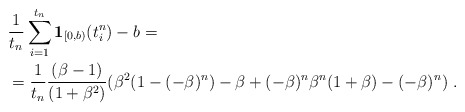
\begin{align*}& \frac{1}{t_n}\sum_{i=1}^{t_n}\mathbf{1}_{[0, b)}(t_i^n)-b=\\&=\frac{1}{t_n}\frac{(\beta-1)}{(1+\beta^2)}(\beta^2(1-(-\beta)^n)-\beta+(-\beta)^n\beta^n(1+\beta)-(-\beta)^n)\ .\end{align*}